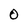
Character: O